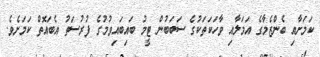
ކަމަށާއި ބެންޒެމާގެ އަމަލާއި ވާހަކަތަކުގެ ސަބަބުން ޓީމު ބައިބައިވުމުގެ ފުރުސަތު އެބައޮތް ކަމަށެވެ.